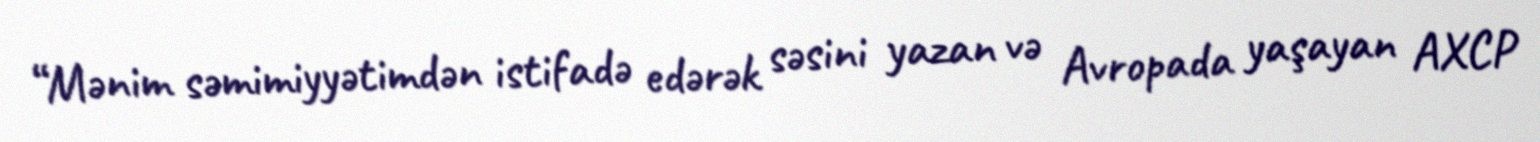
“Mənim səmimiyyətimdən istifadə edərək səsini yazan və Avropada yaşayan AXCP